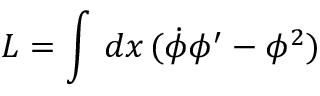
L = \int \, d x \, ( \dot { \phi } \phi ^ { \prime } - \phi ^ { 2 } )